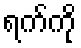
ရက်ကို